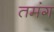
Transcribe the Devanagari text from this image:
तमंग